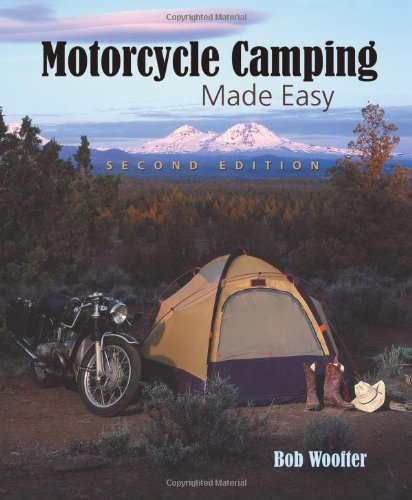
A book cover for Motorcycle Camping Made Easy; Bob Woofter; Sports & Outdoors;